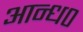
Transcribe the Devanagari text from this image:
आन्ध०